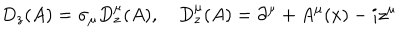
D _ { z } ( A ) = \sigma _ { \mu } D _ { z } ^ { \mu } ( A ) , ~ D _ { z } ^ { \mu } ( A ) = \partial ^ { \mu } + A ^ { \mu } ( x ) - i z ^ { \mu }